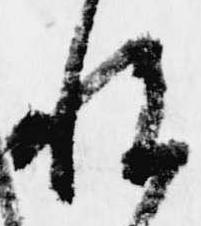
悦